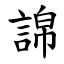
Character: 䛲